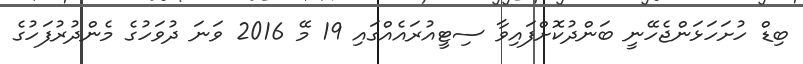
ބިޑް ހުށަހަޅަންޖެހޭނީ ބަންދުކޮށްފައިވާ ސިޓީއުރައެއްގައި 19 މޭ 2016 ވަނަ ދުވަހުގެ މެންދުރުފަހުގެ